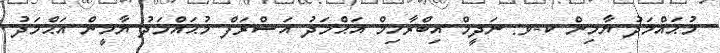
މުޙައްމަދު ޔާމިން ކ-ވ: ނަދީމް އިބްރާހިމް އަޙްމަދު އަޝްރަފް މުޙައްމަދު ޔާމީން އަޙްމަދު